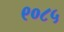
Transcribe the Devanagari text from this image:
९०८५